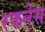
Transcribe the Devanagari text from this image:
रफनेस